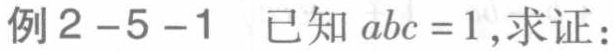
例2-5-1 已知 \(abc = 1\), 求证：